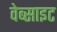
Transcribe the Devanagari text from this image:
वेब्साइट